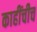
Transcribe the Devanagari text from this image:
काहींचीच